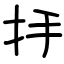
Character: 抙